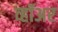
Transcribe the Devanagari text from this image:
व्हॉअर